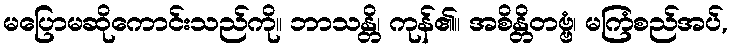
မပြောမဆိုကောင်းသည်ကို။ ဘာသန္တိ၊ ကုန်၏။ အစိန္တိတဗ္ဗံ၊ မကြံစည်အပ်,